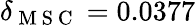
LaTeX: \delta_{\mathrm{~M~S~C~}}=0.0377